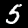
Label: 5